Insane asylums in Bengal annual reports 1867-1875 - 1867-1875
Year: 1867
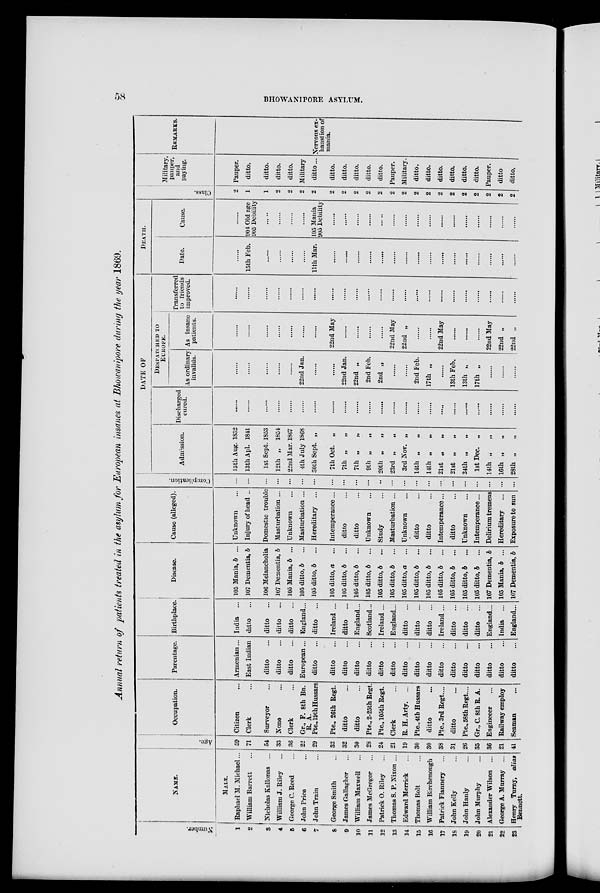
58
BHOWANIPORE ASYLUM.
Annual return of patients treated in the asylum for European insanes at Bhowanipore during the year 1869.
Number.
1
2
3
4
5
6
7
8
9
10
11
12
13
14
15
16
17
18
19
20
21
22
23
NAME.
MALE.
Raphael M. Michael...
William Barrett ...
Nicholas Kallonas ...
William J. Riley ...
George C. Reed ...
John Price ...
John Train ...
George Smith ...
James Gallagher ...
William Maxwell ...
James McGregor ...
Patrick O. Riley ...
Thomas S. P. Nixon ...
Edward Merrick ...
Thomas Bolt ...
William Birchenough
Patrick Flannery ...
John Kelly ...
John Hanly ...
John Murphy ...
Alexander Wilson ...
George A. Murray ...
Henry Turny, alias
Bennett.
Age.
59
71
54
33
36
22
29
32
32
30
28
24
21
19
30
30
38
31
26
35
36
21
41
Occupation.
Citizen ...
Clerk ...
Surveyor ...
None ...
Clerk ...
Gr., F. 8th Bn.
R. A.
Pte., 19th Hussars
Pte., 26th Regt.
ditto ...
ditto ...
Pte., 2-25th Regt.
Pte., 105th Regt.
Clerk ...
R. H. Arty.
...
Pte., 4th Hussars
ditto ...
Pte., 3rd Regt. ...
ditto ...
Pte.,58th Regt....
Gr.,C. 8th R. A.
Engineeer ...
Railway employ
Seaman ...
Parentage.
Armenian...
East Indian
ditto ...
ditto ...
ditto ...
European...
ditto ...
ditto ...
ditto ...
ditto ...
ditto ...
ditto ...
ditto ...
ditto ...
ditto ...
ditto ...
ditto ...
ditto ...
ditto ...
ditto ...
ditto ...
ditto ...
ditto ...
Birthplace.
India ...
ditto
...
ditto ...
ditto ...
ditto ...
England...
ditto ...
Ireland ...
ditto ...
England...
Scotland
Ireland ...
England...
ditto
...
ditto ...
ditto ...
Ireland ...
ditto ...
ditto ...
ditto ...
England...
India
England...
Disease.
105 Mania, b ...
107 Dementia, b
106 Melancholia
107 Dementia, b
105 Mania, b ...
105 ditto, b ...
105 ditto, b ...
105 ditto, a ...
105 ditto, b ...
105 ditto, b ...
105 ditto, b
...
105 ditto, b
...
105 ditto, b ...
105 ditto, a ...
105 ditto, b ...
105 ditto, b ...
105 ditto, b
...
105 ditto, b ...
105 ditto, b ...
105 ditto, b ...
107 Dementia, b
105 Mania, b ...
107 Dementia, b
Cause (alleged).
Unknown ...
Injury of head ...
Domestic trouble
Masturbation ...
Unknown ...
Masturbation ...
Hereditary ...
Intemperance...
ditto ...
ditto ...
Unknown ...
Study ...
Masturbation ...
Unknown ...
ditto ...
ditto ...
Intemperance...
ditto ...
Unknown ...
Intemperance...
Delirium tremens
Hereditary ...
Exposure to sun
Complication.
...
...
...
...
...
...
...
...
...
...
...
...
...
...
...
...
...
...
...
...
...
...
...
DATE OF
Admission.
15th Aug. 1832
13th Apl. 1841
1st Sept. 1853
12th „ 1854
22nd Mar. 1867
4th July 1868
30th Sept. „
7th Oct. „
7th „
„
7th „
„
9th „
„
20th „ „
23rd „ „
3rd Nov. „
14th „
„
14th „ „
21st „
„
21st „ „
24th „ „
1st Dec. „
14th „ „
16th „
„
28th „ „
Discharged
cured.
......
......
......
......
......
......
......
......
......
......
......
......
......
......
......
......
......
......
......
......
......
......
......
DESPATCHED TO
EUROPE.
As ordinary
invalids.
......
......
......
......
......
22nd Jan.
......
......
22nd Jan.
22nd „
2nd Feb.
2nd „
......
......
2nd Feb.
17th „
......
13th Feb.
13th „
17th „
......
......
......
As insane
patients.
......
......
......
......
......
......
......
22nd May
......
......
......
......
22nd May
22nd „
......
......
22nd May
......
......
......
22nd May
22nd „
22nd „
Transferred
to friends
improved.
......
......
......
......
......
......
......
......
......
......
......
......
......
......
......
......
......
......
......
......
......
......
......
DEATH.
Date.
......
15th Feb.
......
......
......
......
11th Mar.
......
......
......
......
......
......
......
......
......
......
......
......
......
......
......
......
Cause.
......
904 Old age
905 Debility
......
......
......
......
105 Mania
905 Debility
......
......
......
......
.....
......
......
......
......
......
......
......
......
......
......
......
Class.
2
1
1
2
2
2
2
2
2
2
2
2
2
2
2
2
2
2
2
2
2
2
2
Military, pauper, and
paying.
Pauper.
ditto.
ditto.
ditto.
ditto.
Military
ditto...
ditto.
ditto.
ditto.
ditto.
ditto.
Pauper.
Military.
ditto.
ditto.
ditto.
ditto.
ditto.
ditto.
Pauper.
ditto
ditto.
REMARKS.
Nervous ex-
haustion of
mania.